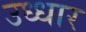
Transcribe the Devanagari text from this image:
उध्धार